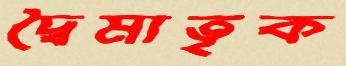
দ্বৈমাতৃক